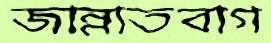
জান্নাতবাগ